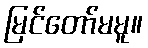
မြင်တော်မမူ။